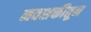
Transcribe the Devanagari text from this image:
नवशक्तीतून